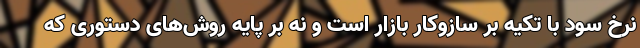
نرخ سود با تکیه بر سازوکار بازار است و نه بر پایه روش‌های دستوری که